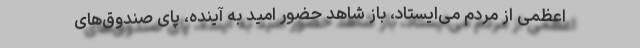
اعظمی از مردم می‌ایستاد، باز شاهد حضور امید به آینده، پای صندوق‌های